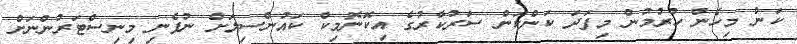
ކަން މިހެން ހުރުމުން މިފަދަ ކަންކަން ސަރުކާރުގެ އިކޮނޮމިކް ކައުންސިލަށް ނުފެނި މިނިސްޓަރުންނަށް